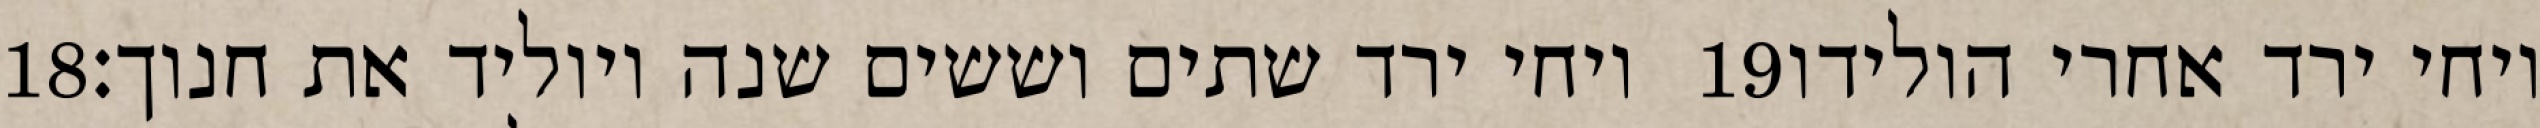
‎18‏ ויחי ירד שתים וששים שנה ויוליד את חנוך׃ ‎19‏ ויחי ירד אחרי הולידו